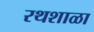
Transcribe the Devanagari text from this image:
रथशाळा